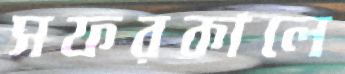
সফরকালে